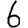
Digit: 6